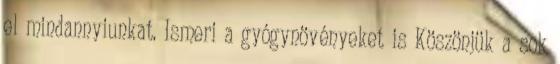
el mindannyiunkat. Ismeri a gyógynövényeket is Köszönjük a sok